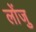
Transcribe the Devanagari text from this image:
लोंजु